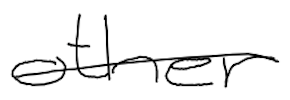
Text: other
Cross-out: single-line
Writing tool: digital_black